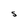
Character: S